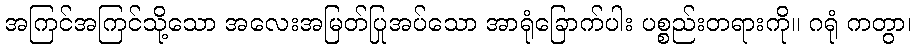
အကြင်အကြင်သို့သော အလေးအမြတ်ပြုအပ်သော အာရုံခြောက်ပါး ပစ္စည်းတရားကို။ ဂရုံ ကတွာ၊